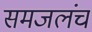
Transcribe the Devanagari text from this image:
समजलंच